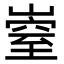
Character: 𡼄